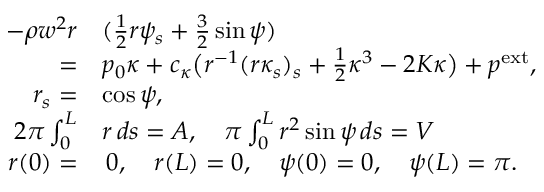
\begin{array} { r l } { - \rho w ^ { 2 } r } & { ( \frac { 1 } 2 r \psi _ { s } + \frac 3 2 \sin \psi ) } \\ { = } & { p _ { 0 } \kappa + c _ { \kappa } \big ( r ^ { - 1 } ( r \kappa _ { s } ) _ { s } + \frac 1 2 \kappa ^ { 3 } - 2 K \kappa \big ) + p ^ { \mathrm { e x t } } , } \\ { r _ { s } = } & { \cos \psi , } \\ { 2 \pi \int _ { 0 } ^ { L } } & { r \, d s = A , \quad \pi \int _ { 0 } ^ { L } r ^ { 2 } \sin \psi \, d s = V } \\ { r ( 0 ) = } & { \, 0 , \quad r ( L ) = 0 , \quad \psi ( 0 ) = 0 , \quad \psi ( L ) = \pi . } \end{array}